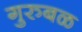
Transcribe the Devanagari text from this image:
गुरुबळ